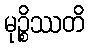
မုဉ္စိဿတိ